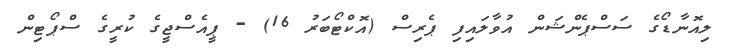
ލިއޮނާޑޯގެ ސަސްޕެންޝަން އުވާލައިފި ޕެރިސް (އޮކްޓޯބަރު 16) - ޕީއެސްޖީގެ ކުރީގެ ސްޕޯޓިން